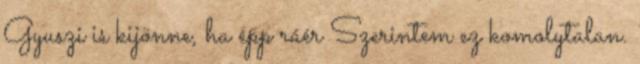
Gyuszi is kijönne, ha épp ráér Szerintem ez komolytalan.